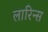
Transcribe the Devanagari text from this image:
लारिन्स